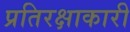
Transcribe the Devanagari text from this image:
प्रतिरक्षाकारी